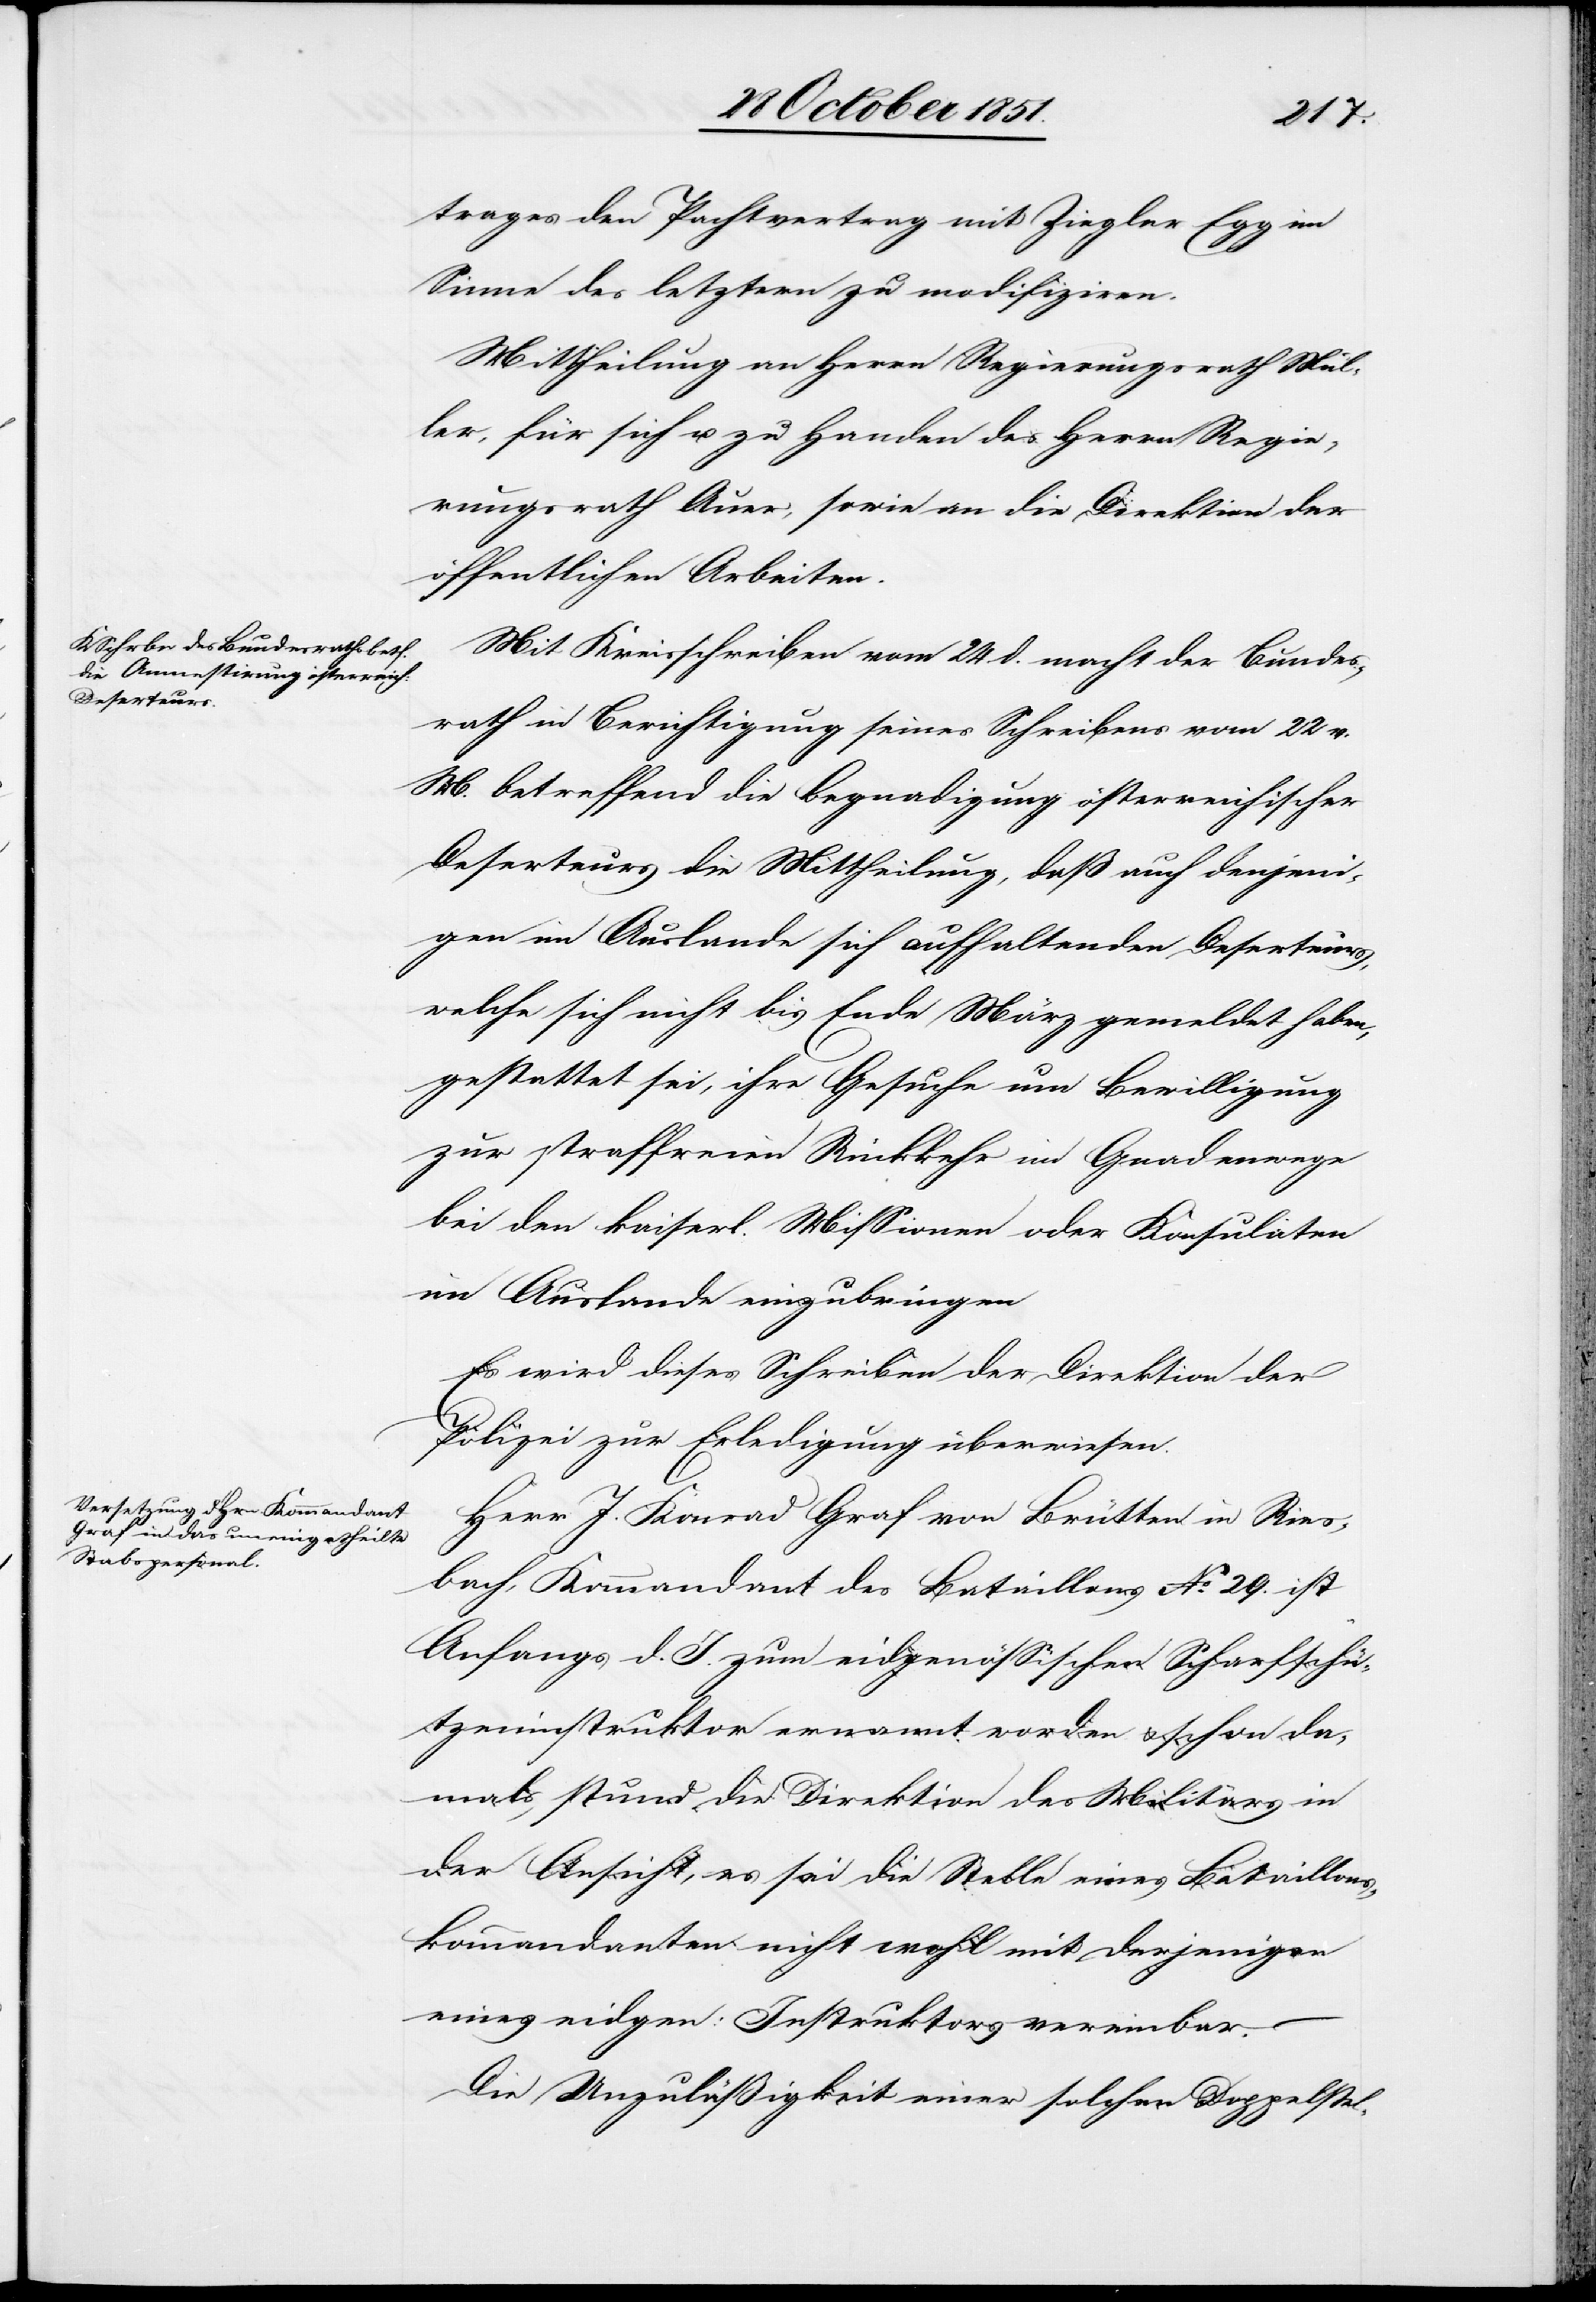
trages den Pachtvertrag mit Ziegler Egg im
Sinne des letztern zu modifiziren.
Mittheilung an Herrn Regierungsrath Mül¬
ler, für sich u. zu Handen des Herrn Regie¬
rungsrath Auer, sowie an die Direktion der
öffentlichen Arbeiten.
Mit Kreisschreiben vom 24 d. macht der Bundes¬
rath in Berichtigung seines Schreibens vom 22 v.
M. betreffend die Begnadigung österreichischer
Deserteurs die Mittheilung, daß auch denjeni¬
gen im Auslande sich aufhaltenden Deserteurs,
welche sich nicht bis Ende März gemeldet haben,
gestattet sei, ihre Gesuche um Bewilligung
zur straffreien Rückkehr im Gnadenwege
bei den kaiserl. Missionen oder Konsulaten
im Auslande einzubringen
Es wird dieses Schreiben der Direktion der
Polizei zur Erledigung überwiesen.
Herr J. Konrad Graf von Brütten in Ries¬
bach, Kommandant des Bataillons No. 29. ist
Anfangs d. J. zum eidgenössischen Scharfschü¬
tzeninstruktor ernannt worden & schon da¬
mals, stund [sic!] die Direktion des Militärs in
der Ansicht, es sei die Stelle eines Bataillons¬
kommandanten nicht wohl mit derjenigen
eines eidgen: Instruktors vereinbar.
Die Unzuläßigkeit einer solchen Doppelstel-